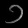
Digit: ၁